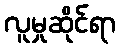
လူမှုဆိုင်ရာ